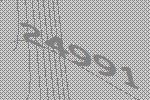
24991